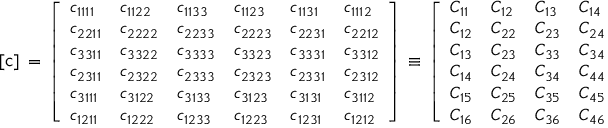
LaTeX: [ { \mathsf { c } } ] \, = \, { \left[ \begin{array} { l l l l l l } { c _ { 1 1 1 1 } } & { c _ { 1 1 2 2 } } & { c _ { 1 1 3 3 } } & { c _ { 1 1 2 3 } } & { c _ { 1 1 3 1 } } & { c _ { 1 1 1 2 } } \\ { c _ { 2 2 1 1 } } & { c _ { 2 2 2 2 } } & { c _ { 2 2 3 3 } } & { c _ { 2 2 2 3 } } & { c _ { 2 2 3 1 } } & { c _ { 2 2 1 2 } } \\ { c _ { 3 3 1 1 } } & { c _ { 3 3 2 2 } } & { c _ { 3 3 3 3 } } & { c _ { 3 3 2 3 } } & { c _ { 3 3 3 1 } } & { c _ { 3 3 1 2 } } \\ { c _ { 2 3 1 1 } } & { c _ { 2 3 2 2 } } & { c _ { 2 3 3 3 } } & { c _ { 2 3 2 3 } } & { c _ { 2 3 3 1 } } & { c _ { 2 3 1 2 } } \\ { c _ { 3 1 1 1 } } & { c _ { 3 1 2 2 } } & { c _ { 3 1 3 3 } } & { c _ { 3 1 2 3 } } & { c _ { 3 1 3 1 } } & { c _ { 3 1 1 2 } } \\ { c _ { 1 2 1 1 } } & { c _ { 1 2 2 2 } } & { c _ { 1 2 3 3 } } & { c _ { 1 2 2 3 } } & { c _ { 1 2 3 1 } } & { c _ { 1 2 1 2 } } \end{array} \right] } \, \equiv \, { \left[ \begin{array} { l l l l l l } { C _ { 1 1 } } & { C _ { 1 2 } } & { C _ { 1 3 } } & { C _ { 1 4 } } & { C _ { 1 5 } } & { C _ { 1 6 } } \\ { C _ { 1 2 } } & { C _ { 2 2 } } & { C _ { 2 3 } } & { C _ { 2 4 } } & { C _ { 2 5 } } & { C _ { 2 6 } } \\ { C _ { 1 3 } } & { C _ { 2 3 } } & { C _ { 3 3 } } & { C _ { 3 4 } } & { C _ { 3 5 } } & { C _ { 3 6 } } \\ { C _ { 1 4 } } & { C _ { 2 4 } } & { C _ { 3 4 } } & { C _ { 4 4 } } & { C _ { 4 5 } } & { C _ { 4 6 } } \\ { C _ { 1 5 } } & { C _ { 2 5 } } & { C _ { 3 5 } } & { C _ { 4 5 } } & { C _ { 5 5 } } & { C _ { 5 6 } } \\ { C _ { 1 6 } } & { C _ { 2 6 } } & { C _ { 3 6 } } & { C _ { 4 6 } } & { C _ { 5 6 } } & { C _ { 6 6 } } \end{array} \right] }